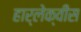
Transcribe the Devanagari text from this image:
हार्लेक्वींस